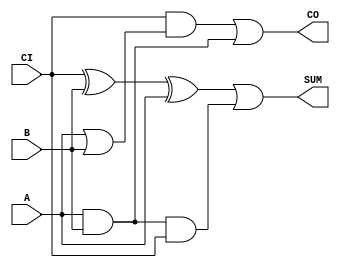
module code(
    input A,
    input B,
    input CI,
    output  SUM,
    output  CO
    );
    
   assign CO = CI & (A | B) | (A & B);
   assign SUM = (CI ^ B ^ A) | (A & B & CI);
    
  
endmodule